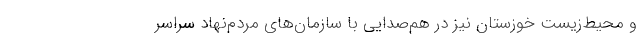
و محیط‌زیست خوزستان نیز در هم‌صدایی با سازمان‌های مردم‌نهاد سراسر